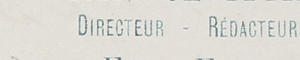
DIRECTEUR - REDACYEUR